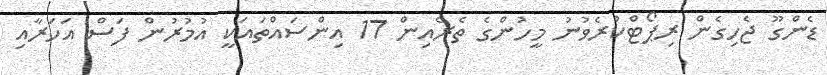
ޑެންގޫ ޖެހިގެން ރިޕޯޓްކުރެވުނު މީހުންގެ ތެރެއިން 17 އިންސައްތައަކީ އުމުރުން ފަސް އަހަރާއި